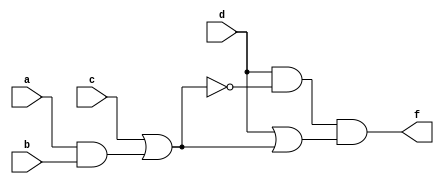
module exercise1 (a, b, c, d, f);

input a, b, c, d;
output f;

assign f = (d&(~(c|(a&b)))) & (d|(c|(a&b)));

endmodule